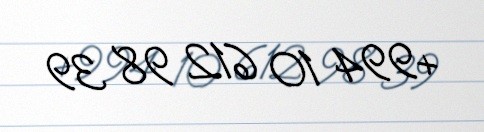
+994 10 612 98 39